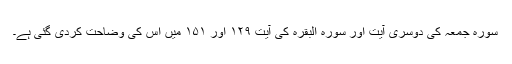
سورہ جمعہ کی دوسری آیت اور سورہ البقرہ کی آیت ۱۲۹ اور ۱۵۱ میں اس کی وضاحت کردی گئی ہے۔